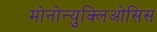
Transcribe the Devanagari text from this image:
मोनोन्युक्लिओसिस